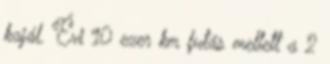
kajál. Évi 10 ezer km futás mellett a 2